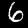
Label: 6